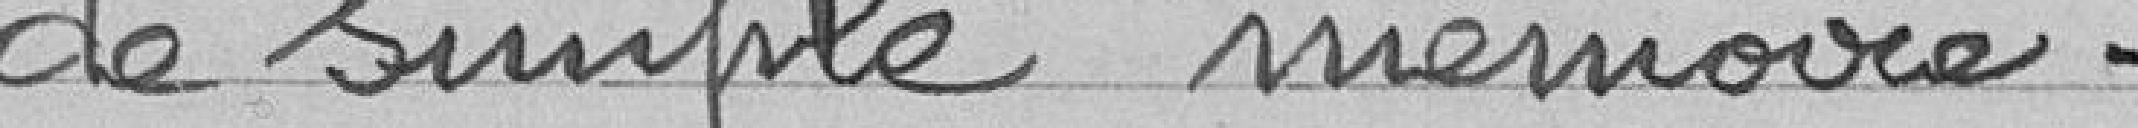
de simple mémoire.